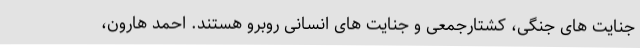
جنایت های جنگی، کشتارجمعی و جنایت های انسانی روبرو هستند. احمد هارون،